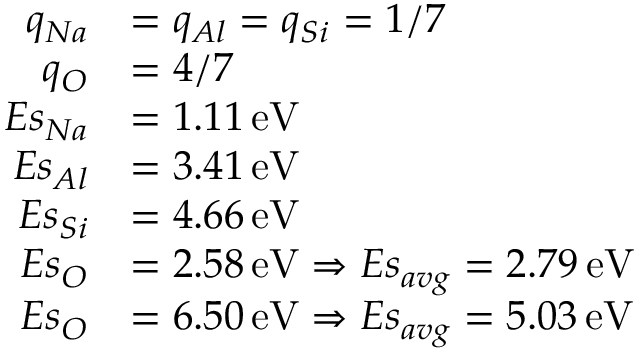
\begin{array} { r l } { q _ { N a } } & { = q _ { A l } = q _ { S i } = 1 / 7 } \\ { q _ { O } } & { = 4 / 7 } \\ { E s _ { N a } } & { = 1 . 1 1 \, \mathrm { e V } } \\ { E s _ { A l } } & { = 3 . 4 1 \, \mathrm { e V } } \\ { E s _ { S i } } & { = 4 . 6 6 \, \mathrm { e V } } \\ { E s _ { O } } & { = 2 . 5 8 \, \mathrm { e V } \Rightarrow E s _ { a v g } = 2 . 7 9 \, \mathrm { e V } } \\ { E s _ { O } } & { = 6 . 5 0 \, \mathrm { e V } \Rightarrow E s _ { a v g } = 5 . 0 3 \, \mathrm { e V } } \end{array}